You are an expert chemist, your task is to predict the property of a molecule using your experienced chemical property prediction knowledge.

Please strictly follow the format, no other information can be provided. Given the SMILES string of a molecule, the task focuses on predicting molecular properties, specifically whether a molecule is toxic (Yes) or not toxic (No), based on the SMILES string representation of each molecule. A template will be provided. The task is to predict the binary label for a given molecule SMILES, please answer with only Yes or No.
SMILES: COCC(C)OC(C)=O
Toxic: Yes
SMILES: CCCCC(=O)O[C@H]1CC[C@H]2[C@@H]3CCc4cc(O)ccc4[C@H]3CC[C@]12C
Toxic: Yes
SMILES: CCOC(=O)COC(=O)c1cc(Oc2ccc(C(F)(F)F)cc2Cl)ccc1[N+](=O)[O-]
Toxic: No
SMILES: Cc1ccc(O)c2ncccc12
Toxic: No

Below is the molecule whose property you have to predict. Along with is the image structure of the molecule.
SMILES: O=C(OCC(O)CO)c1ccccc1Nc1ccnc2cc(Cl)ccc12
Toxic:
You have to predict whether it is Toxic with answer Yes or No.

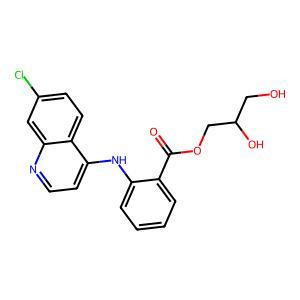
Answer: No